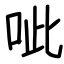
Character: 呲